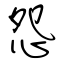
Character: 怨